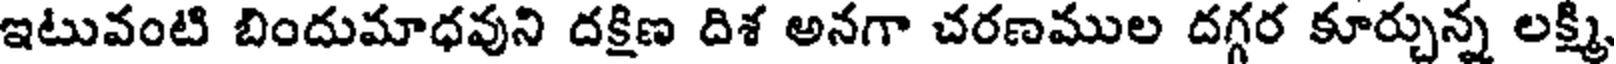
ఇటువంటి బిందుమాధవుని దక్షిణ దిశ అనగా చరణముల దగ్గర కూర్చున్న లక్ష్మి